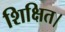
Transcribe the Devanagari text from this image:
शिक्षित।